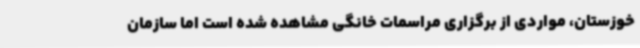
خوزستان، مواردی از برگزاری مراسمات خانگی مشاهده شده است اما سازمان